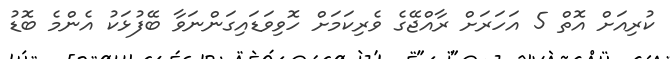
ކުރިއަށް އޮތް 5 އަހަރަށް ރާއްޖޭގެ ވެރިކަމަށް ހޮވިވަޑައިގަންނަވާ ބޭފުޅަކު އެންމެ ބޮޑު